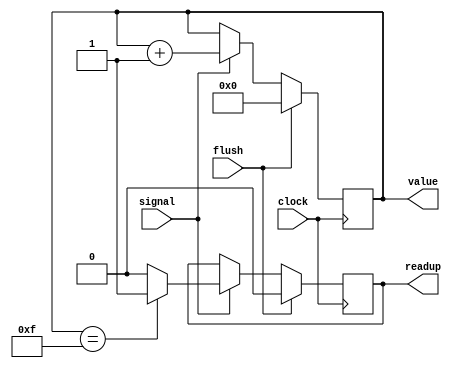
module hcounter(
	clock,
	flush,
	signal,
	value,
	readup
);
	input clock;
	input flush;
	input signal;
	output [3:0] value;
	reg    [3:0] value;
	output readup;
	reg    readup;

	always@(posedge clock)begin
		if(flush)begin
			value<='b0;
			readup<=1'b0;
		end
		else if(signal)begin
			if(value==4'b1111) readup<=1'b1;
			else		   readup<=1'b0;
			value<=value+1;
		end
	end
endmodule